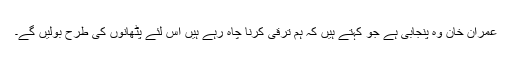
عمران خان وہ پنجابی ہے جو کہتے ہیں کہ ہم ترقی کرنا چاہ رہے ہیں اس لئے پٹھانوں کی طرح بولیں گے۔